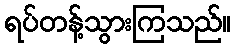
ရပ်တန့်သွားကြသည်။